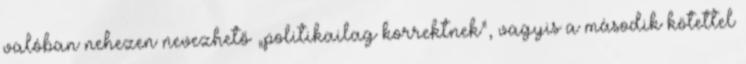
valóban nehezen nevezhető „politikailag korrektnek”, vagyis a második kötettel